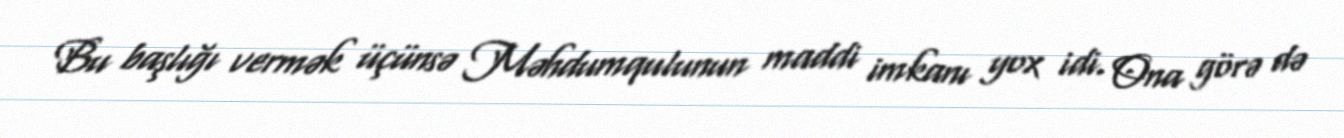
Bu başlığı vermək üçünsə Məhdumqulunun maddi imkanı yox idi. Ona görə də